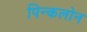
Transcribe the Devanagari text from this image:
पिन्कलोन